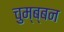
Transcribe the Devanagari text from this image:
चुम्ब्बन